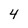
Character: 4